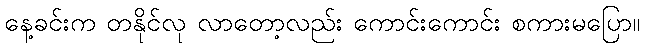
နေ့ခင်းက တနိုင်လု လာတော့လည်း ကောင်းကောင်း စကားမပြော။